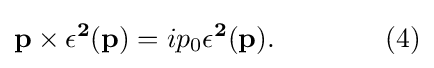
\mathbf {p} \times \mathbf {\epsilon ^{2}} (\mathbf {p} )=ip_{0}\mathbf {\epsilon ^{2}} (\mathbf {p} ).\quad \quad \quad \quad (4)